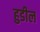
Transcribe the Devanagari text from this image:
हुडील